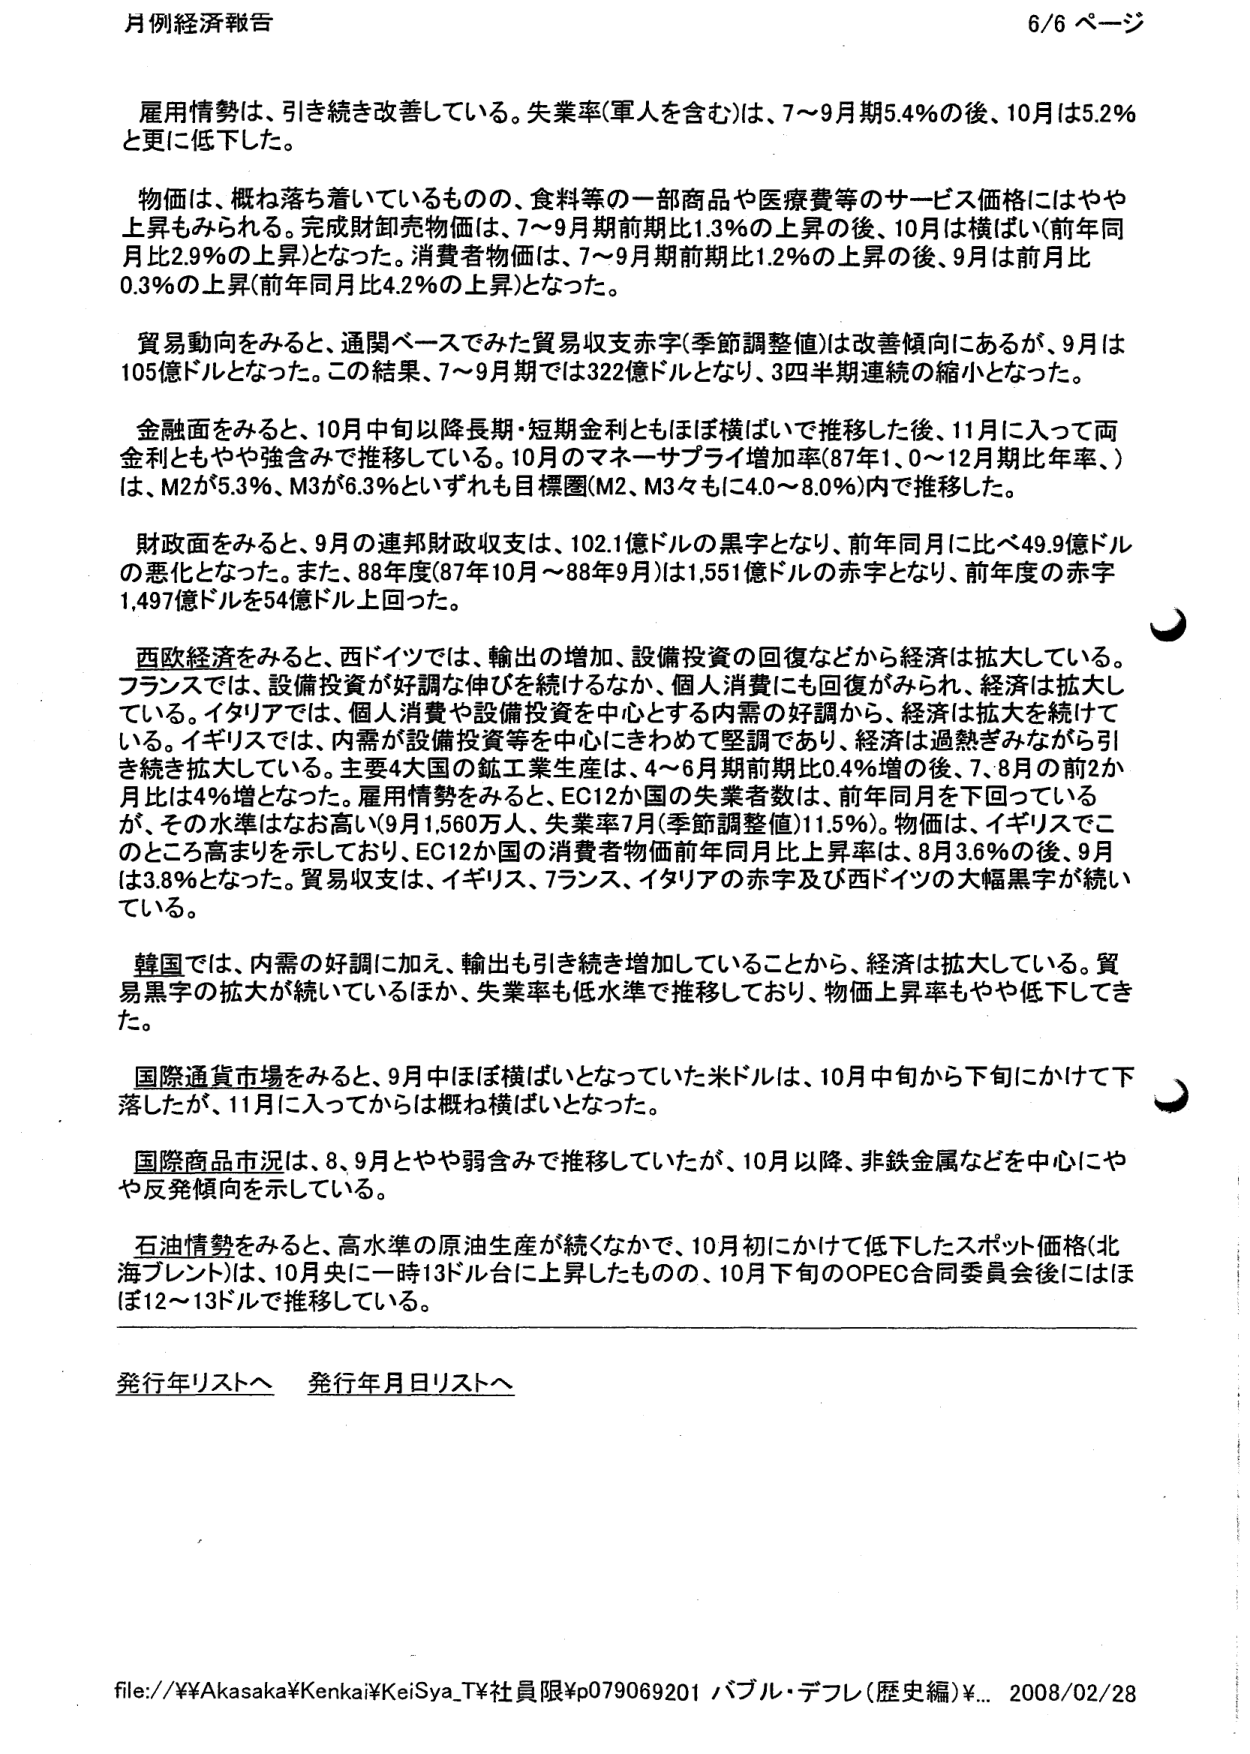
月例経済報告 6/6 ページ

雇用情勢は、引き続き改善している。失業率(軍人を含む)は、7～9月期5.4％の後、10月は5.2％と更に低下した。

物価は、概ね落ち着いているものの、食料等の一部商品や医療費等のサービス価格にはやや上昇もみられる。完成財卸売価は、7～9月期前期比1.3％の上昇の後、10月は横ばい(前年同月比2.9％の上昇)となった。消費者物価は、7～9月期前期比1.2％の上昇の後、9月は前月比0.3％の上昇(前年同月比4.2％の上昇)となった。

貿易動向をみると、通関ベースでみた貿易収支赤字(季節調整値)は改善傾向にあるが、9月は105億ドルとなった。この結果、7～9月期では322億ドルとなり、3四半期連続の縮小となった。

金融面をみると、10月中旬以降長期・短期金利ともほぼ横ばいで推移した後、11月に入って両金利ともやや強含みで推移している。10月のマネーサプライ増加率(87年1.0～12月期比年率、)は、M2が5.3％、M3が6.3％といずれも目標圏(M2、M3ともに4.0～8.0％)内で推移した。

財政面をみると、9月の連邦財政収支は、102.1億ドルの黒字となり、前年同月に比べ49.9億ドルの悪化となった。また、88年度(87年10月～88年9月)は1,551億ドルの赤字となり、前年度の赤字1,497億ドルを54億ドル上回った。

西欧経済をみると、西ドイツでは、輸出の増加、設備投資の回復などから経済は拡大している。フランスでは、設備投資が好調な伸びを続けるなか、個人消費にも回復がみられ、経済は拡大している。イタリアでは、個人消費や設備投資を中心とする内需の好調から、経済は拡大を続けている。イギリスでは、内需が設備投資等を中心ときわめて堅調であり、経済は過熱ぎみながら引き続き拡大している。主要4大国の鉱工業生産は、4～6月期前期比0.4％増の後、7、8月の前2か月比は4％増となった。雇用情勢をみると、EC12か国の失業者数は、前年同月を下回っているが、その水準はなお高い(9月1,560万人、失業率7月(季節調整値)11.5％)。物価は、イギリスでこのところ高まりを示しており、EC12か国の消費者物価前年同月比上昇率は、8月3.6％の後、9月は3.8％となった。貿易収支は、イギリス、フランス、イタリアの赤字及び西ドイツの大幅黒字が続いている。

韓国では、内需の好調に加え、輸出も引き続き増加していることから、経済は拡大している。貿易黒字の拡大が続いているほか、失業率も低水準で推移しており、物価上昇率もやや低下してきた。

国際通貨市場をみると、9月中ほぼ横ばいとなっていた米ドルは、10月中旬から下旬にかけて下落したが、11月に入ってからは概ね横ばいとなった。

国際商品市況は、8、9月とやや弱含みで推移していたが、10月以降、非鉄金属などを中心にやや反発傾向を示している。

石油情勢をみると、高水準の原油生産が続くなかで、10月初にかけて低下したスポット価格(北海ブレント)は、10月央に一時13ドル台に上昇したものの、10月下旬のOPEC合同委員会後にはほぼ12～13ドルで推移している。

発行年リストへ 発行年月日リストへ

file://¥¥Akasaka¥Kenkai¥KeiSya_T¥社員限¥p079069201 バブル・デフレ(歴史編)¥... 2008/02/28